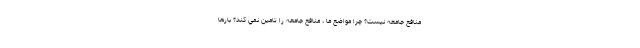
منافع جامعه نيست؟ چرا مواضع ما ، منافع جامعه را تامين نمي كند؟ بارها